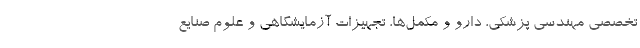
تخصصی مهندسی پزشکی، دارو و مکمل‌ها، تجهیزات آزمایشگاهی و علوم صنایع